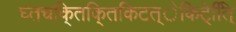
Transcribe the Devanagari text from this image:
घ्तचकि्तकि्तकिटत्ेकिटे्ति्ि